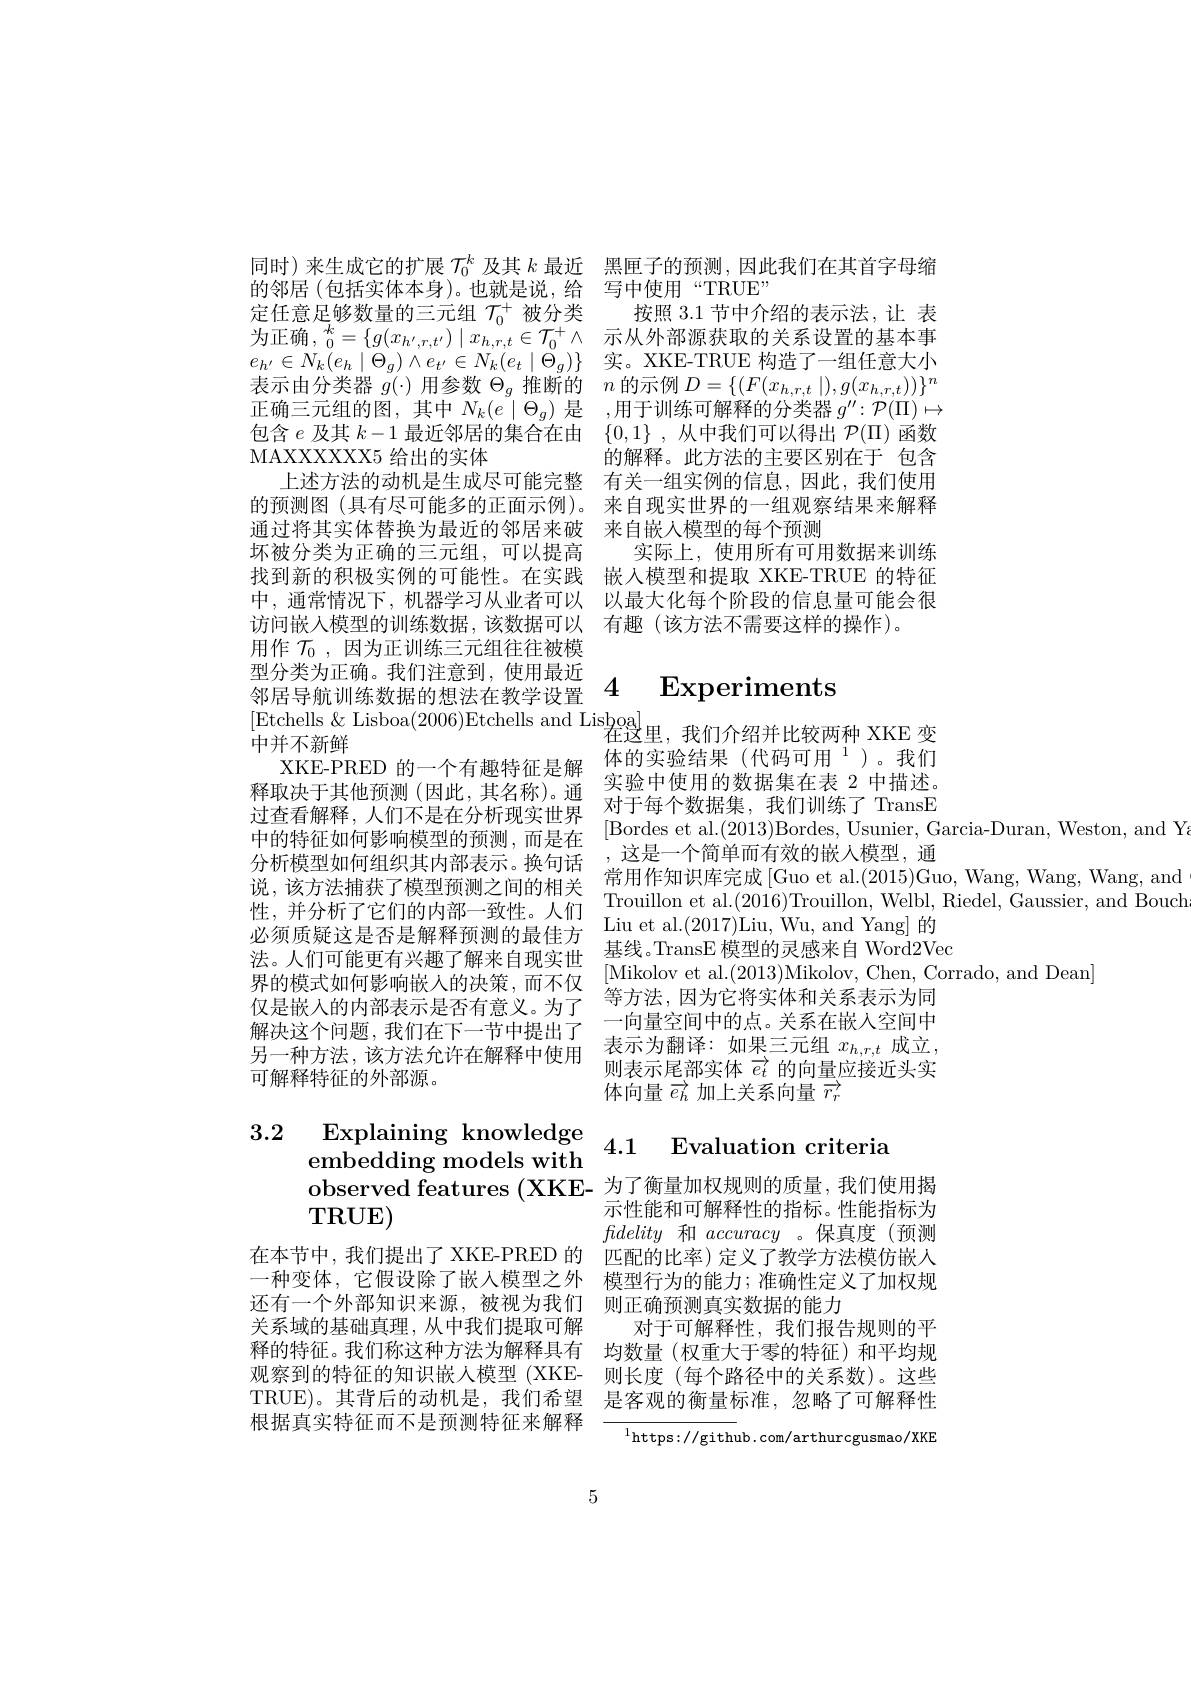
$\mathbf{TRUE})$

根据真实特征而不是预测特征来解释

MAXXXXXX5给出的实体
用作$\mathcal{T}_0$,因为正训练三元组往往被模
型分类为正确。我们注意到，使用最近 4 Experiments
[Etchells & Lisboa(2006)Etchells and Lisboa]
中并不新鲜
XKE-PRED 的一个有趣特征是解释取决于其他预测(因此，其名称)。通过查看解释，人们不是在分析现实世界$\begin{array}{ccc}\text{ 小丁母「致加果，我们则练」IlallsE}\\\text{ [Bordes et al.(2013)Bordes,Usunier,Garcia-Duran,Weston,and Y}\\\text{中的特征如何影响模型的预测，而是在}&\:\\\text{ 注目 人然为云产站的出上描到“}\\\end{array}$
分析模型如何组织其内部表示。换句话 ,这是一个简单而有效的嵌人模型，通
说，该方法捕获了模型预测之间的相关
此 , 并 分 析 了 它 们 的 内 部 一 致 性 。人 们 Trouillon et al. ( 2016) Trouillon, Welbl, Riedel, Gaussier, andBouch 性 , 并 分 析 了 它 们 的 内 部 一 致 性 。人 们 Iint- l (20017)I- in- W- r- d V- r- l $\forall t$f$t$
必须质疑这是否是解释预测的最佳方法。人们可能更有兴趣了解来自现实世公 。人 们 可 能 更 有 六 趣 」 解 不 目 现 关 但 [Mikolov et al. ( 2013) Mikolov, Chen, Corrado, andDean] 界 的 模 式 如 何 影 响 嵌 入 的 决 策 , 而 不 仅 $\text{然 一 次 回 小 定 将 应 件 和 为 否 幸 二 }_{\text{小 同 }}$
仅是嵌入的内部表示是否有意义。为了解决这个问题，我们在下一节中提出了另一种方法，该方法允许在解释中使用可解释特征的外部源。

同时)来生成它的扩展$\mathcal{T}_0^k$及其$k$最近 黑匣子的预测，因此我们在其首字母缩
的邻居(包括实体本身)。也就是说，给 写中使用“TRUE”
定任意足够数量的三元组$\mathcal{T}_0^+$被分类 按照 3.1 节中介绍的表示法，让 表为正确 $,\begin{smallmatrix}k\\0\end{smallmatrix}=\{g(x_{h',r,t'})\mid x_{h,r,t}\in\mathcal{T}_0^+\land $示从外部源获取的关系设置的基本事$e_{h^{\prime}}\in N_{k}(e_{h}\mid\Theta_{g})\wedge e_{t^{\prime}}\in N_{k}(e_{t}\mid\Theta_{g})\}$实。XKE-TRUE 构造了一组任意大小表示由分类器$\bar g(\cdot)$用参数$\Theta_g$推断的$n$的示例$D=\{(F(x_{h,r,t}\mid),g(x_{h,r,t}))\}^n$ 正确三元组的图，其中$N_k(e\mid\Theta_g)$是 ,用于训练可解释的分类器$g^\prime\prime:\mathcal{P}(\Pi)\mapsto$ 包含$e$及其$k-1$最近邻居的集合在由$\{0,1\}$ ,从中我们可以得出$\mathcal{P}(\Pi)$函数
的解释。此方法的主要区别在于 包含
上述方法的动机是生成尽可能完整 有关一组实例的信息，因此，我们使用的预测图 (具有尽可能多的正面示例)。来自现实世界的一组观察结果来解释通过将其实体替换为最近的邻居来破 来自嵌入模型的每个预测
坏被分类为正确的三元组，可以提高 实际上，使用所有可用数据来训练找到新的积极实例的可能性。在实践 嵌入模型和提取 XKE-TRUE 的特征中，通常情况下，机器学习从业者可以 以最大化每个阶段的信息量可能会很访问嵌入模型的训练数据，该数据可以 有趣 (该方法不需要这样的操作)。

在这里，我们介绍并比较两种 XKE 变体的实验结果(代码可用$^1$)。我们实验中使用的数据集在表 2 中描述。对于每个数据集，我们训练了 TransE 常用作知识库完成[Guo et al.(2015)Guo, Wang, Wang, and
Liu et al.(2017)Liu, Wu, and Yang] 的
基线。TransE 模型的灵感来自 Word2Vec
等方法，因为它将实体和关系表示为同一向量空间中的点。关系在嵌入空间中表示为翻译：如果三元组 $x_h,r,t$ 成立， 则表示尾部实体$\overrightarrow{e_t}$的向量应接近头实体向量$\overrightarrow{e_h}$ 加上关系向量 $\overrightarrow{r_r}$

# $\begin{array}{lll}3.2&\text{Explaining knowledge}\\&\text{embedding models with}\\&\text{observed features (XKE- 为了衡量加权规则的质量，我们使用揭}\end{array}$

示性能和可解释性的指标。性能指标为fidelity和accuracy 。保真度(预测
在本节中，我们提出了 XKE-PRED 的 匹配的比率)定义了教学方法模仿嵌人一种变体，它假设除了嵌入模型之外 模型行为的能力；准确性定义了加权规还有一个外部知识来源，被视为我们 则正确预测真实数据的能力
关系域的基础真理，从中我们提取可解 对于可解释性，我们报告规则的平释的特征。我们称这种方法为解释具有 均数量 (权重大于零的特征)和平均规观察到的特征的知识嵌入模型 (XKE- 则长度 (每个路径中的关系数)。这些TRUE)。其背后的动机是，我们希望 是客观的衡量标准，忽略了可解释性

$^{1}$https://github.com/arthurcgusmao/XKE

5